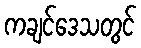
ကချင်ဒေသတွင်